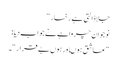
جلاڈالتی ہے رخسار “
نوجوان چرواہے نے جواب دیا :
“عاشق ہوںاور ہوں بے قرار “۔